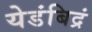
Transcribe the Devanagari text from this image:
येडंबिद्रं